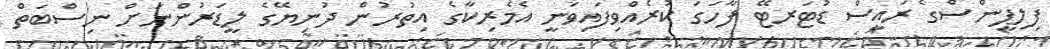
ފިލިޕީންސްގެ ރައީސް ޑުޓަރޓޭ ފާހަގަ ކުރެއްވިފައިވަނީ އެމެރިކާގެ އިތުރުން ދުނިޔޭގެ ލީޑަރުންނަށް ނިސްބަތް